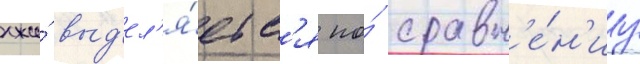
лжи́ выд'ел'я́етс'я по́ сравн'е́н'иу